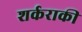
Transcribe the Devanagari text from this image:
शर्कराकी